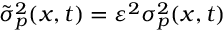
\tilde { \sigma } _ { p } ^ { 2 } ( x , t ) = \varepsilon ^ { 2 } \sigma _ { p } ^ { 2 } ( x , t )